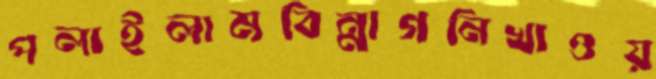
পলাইলামবিন্নাগনিখাওয়